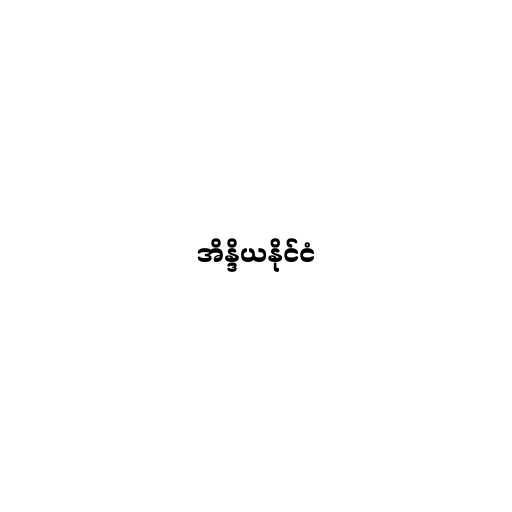
အိန္ဒိယနိုင်ငံ